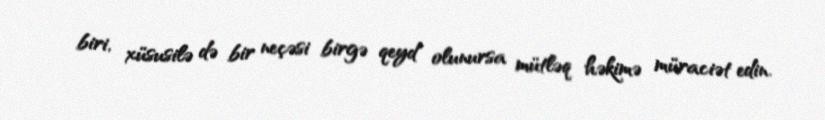
biri, xüsusilə də bir neçəsi birgə qeyd olunursa mütləq həkimə müraciət edin.